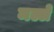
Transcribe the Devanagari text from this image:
मल्ले